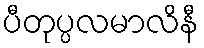
ပီတုပ္ပလမာလိနီ